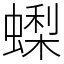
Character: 蟍